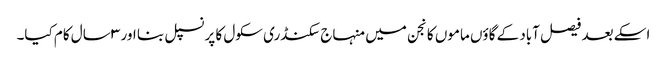
اسکے بعد فیصل آباد کے گاؤں ماموں کانجن میں منہاج سکنڈری سکول کا پرنسپل بنا اور ۳ سال کام کیا۔